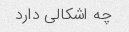
چه اشکالی دارد